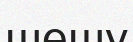
шешу